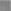
理